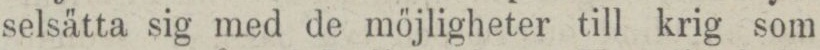
selsätta sig med de möjligheter till krig som